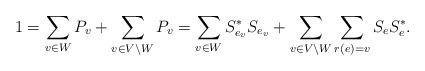
LaTeX: \begin{align*}1=\sum_{v\in W} P_v + \sum_{v\in V\setminus W} P_v=\sum_{v\in W} S_{e_v}^*S_{e_v} + \sum_{v\in V\setminus W} \sum_{r(e)=v} S_e S_e^*. \end{align*}